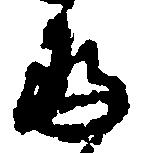
存